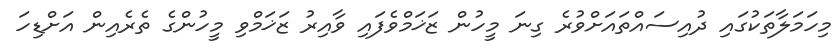
މިހަމަލާތަކުގައި ދުއިސައްތައަށްވުރެ ގިނަ މީހުން ޒަޚަމްވެފައި ވާއިރު ޒަޚަމްވި މީހުންގެ ތެރެއިން އަށްޑިހަ